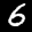
Label: 6